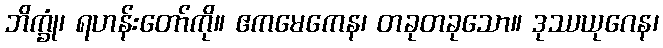
ဘိက္ခုံ၊ ရဟန်းတော်ကို။ ဧကမေကေန၊ တခုတခုသော။ ဒုဿယုဂေန၊